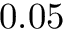
0 . 0 5